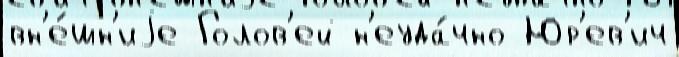
вн'е́шн'иjе Голов'ей н'еуда́чно Юр'ев'ич